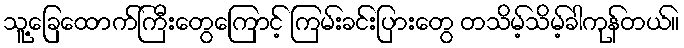
သူ့ခြေထောက်ကြီးတွေကြောင့် ကြမ်းခင်းပြားတွေ တသိမ့်သိမ့်ခါကုန်တယ်။